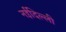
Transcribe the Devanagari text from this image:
नईदिल्ली